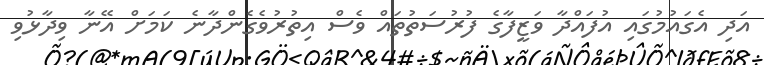
އަދި އެގައުމުގައި އުފައްދާ ވަޒީފާގެ ފުރުސަތުތައް ވެސް އިތުރުވެގެންދާނެ ކަމަށް އޭނާ ވިދާޅުވި